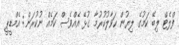
ފްލެޓް ލިބޭ ކަމުގެ ލިޔުން ހަވާލުކުރުމާ ގުޅޭ އެއްވެސް ކަމެއް ނުކުރަން: އެމްޑީޕީ